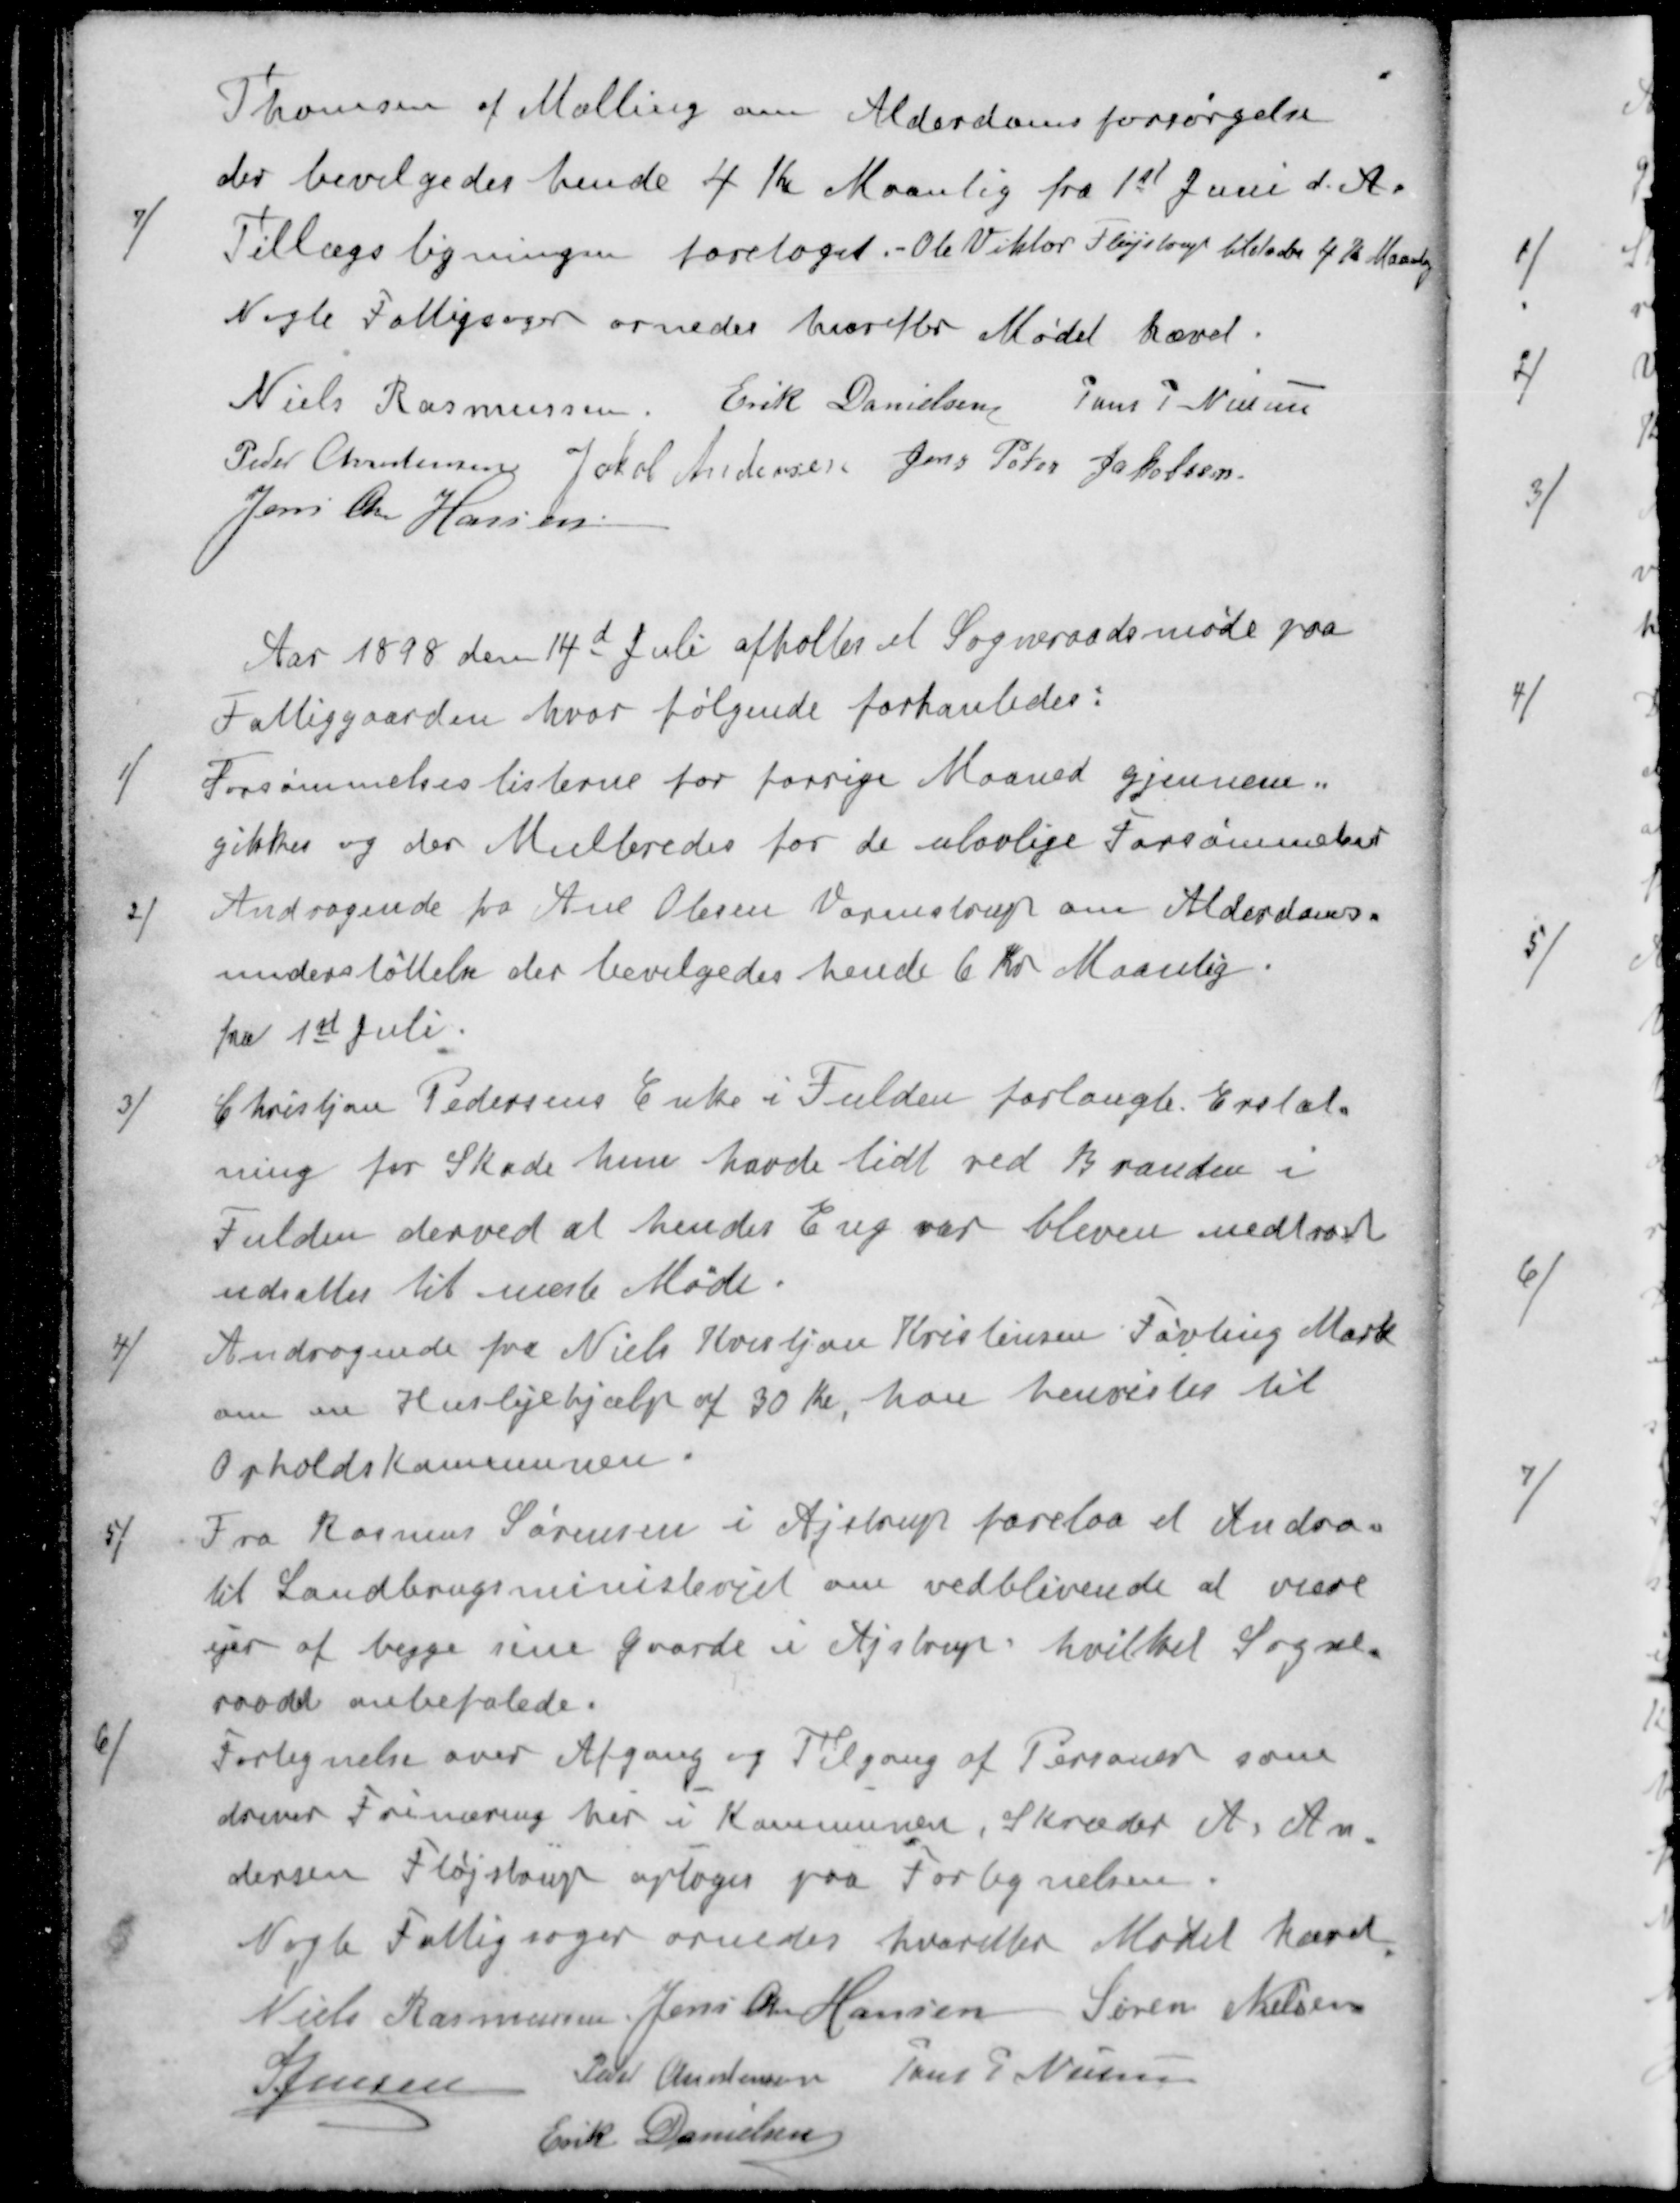
Transskription:
Thomsen af Malling om Alderdomsforsørgelse
der bevilgedes hende 4 Kr Maanlig fra 1st Juni d. A.
7 ) Tillægsligningen foretoges. - Ole Viktor Fløjstrup tilstodes 4 Kr Maanlig
Nogle Fattigsager ornedes hvorefter Mødet hævet.
Niels Rasmussen
Erik Danielsen
Jens P Nielsen
Peder Christensen
Jakob Andersen
Jens Peter Jakobsen
Jens Chr Hansen
Aar 1898 den 14d Juli afholtes et Sogneraadsmøde paa
Fattiggaarden, hvor følgende forhanledes:
1 ) Forsømmelseslisterne for forrige Maaned gjennem-
gikkes og der Multeredes for de ulovlige Forsømmelser
2 ) Andragende fra Ane Olesen Vormstrup om Alderdoms-
understøttelse der bevilgedes hende 6 Kr Maanlig.
fra 1st Juli.
3 ) Christian Pedersens Enke i Fulden forlangte Erstat-
ning for Skade hun havde lidt ved Branden i
Fulden derved at hendes Eng var bleven nedtraat
udsattes til næste Møde.
4 ) Andragende fra Niels Kristjan Kristensen Føvling Mark
om en Huslejehjælp af 30 Kr, han henvistes til
Opholdskommunen.
5 ) Fra Rasmus Sørensen i Ajstrup forelaa et Andrag
til Landbrugsministeriet om vedblivende at være
ejer af begge sine gaarde i Ajstrup, hvilket Sogne-
raadet anbefalede.
6 ) Fortegnelse over Afgang og Tilgang af Personer som
driver Frinærig her i Kommunen, Skræder A. An
dersen Fløjstrup optages paa Fortegnelsen.
Nogle Fattigsager ornedes hvorefter Mødet hævet
Niels Rasmussen
Jens Chr Hansen
Søren Nielsen
S Jensen
Peder Christensen
Jens P Nielsen
Erik Danielsen